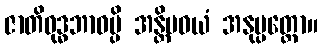
ဇာတိဝုဒ္ဓဘာဝမ္ပိ အန္တိမဝယံ အနုပ္ပတ္တော။